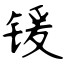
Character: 锾